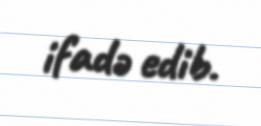
ifadə edib.